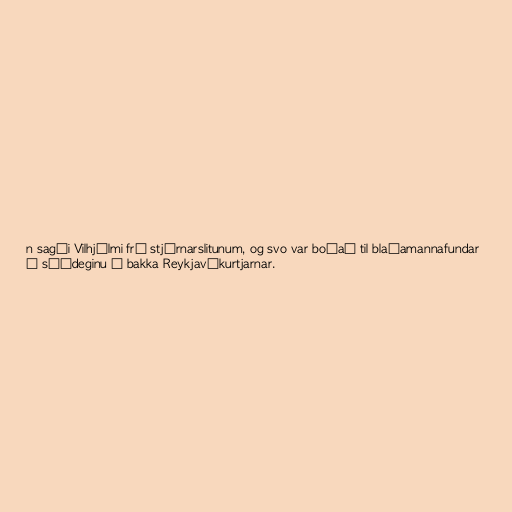
n sagði Vilhjálmi frá stjórnarslitunum, og svo var boðað til blaðamannafundar
í síðdeginu á bakka Reykjavíkurtjarnar.